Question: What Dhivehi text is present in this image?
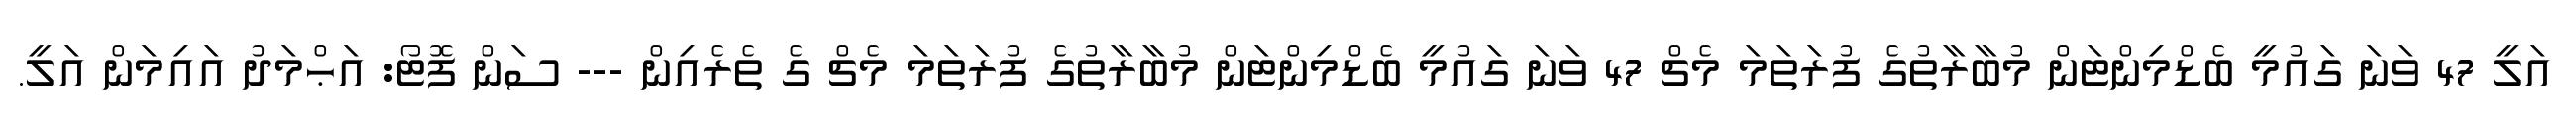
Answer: އަލީ 47 ވަނަ ގައުމީ ބެޑްމިންޓަން މުބާރާތުގެ ފުރަތަމަ މެޗް 47 ވަނަ ގައުމީ ބެޑްމިންޓަން މުބާރާތުގެ ފުރަތަމަ މެޗް ގެ ތެރެއިން --- ސަން ފޮޓޯ: އަޙްމަދު އައިމަން އަލީ.